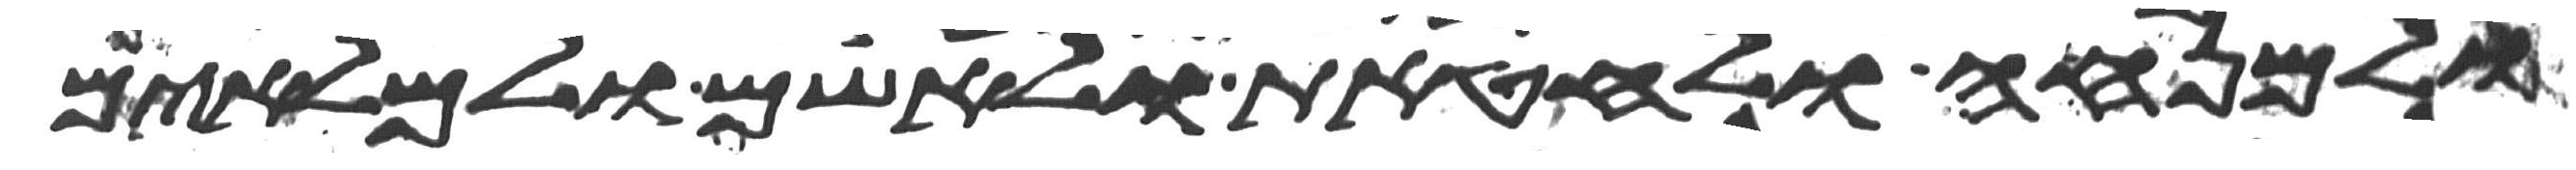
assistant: ולמנחה ולחטאת ולאשם ולמלאים